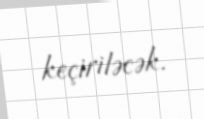
keçiriləcək.